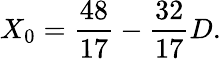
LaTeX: X_{0}={\frac{48}{17}}-{\frac{32}{17}}D.